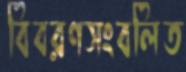
বিবরণসংবলিত